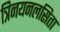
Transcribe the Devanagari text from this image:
त्रिनयनलसिता